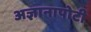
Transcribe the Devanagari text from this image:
अज्ञानापोटी